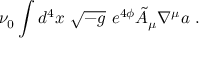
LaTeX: \nu _ { 0 } \int d ^ { 4 } x \ \sqrt { - g } \ e ^ { 4 \phi } \tilde { A } _ { \mu } \nabla ^ { \mu } a \ .